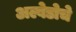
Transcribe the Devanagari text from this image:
अल्बेडोचे